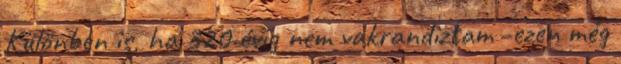
Különben is, ha 320 évig nem vakrandiztam -ezen még